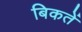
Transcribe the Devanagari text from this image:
बिकतें